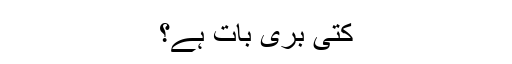
کتی بری بات ہے؟